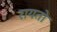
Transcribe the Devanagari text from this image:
रायतो